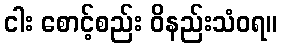
ငါး စောင့်စည်း ဝိနည်းသံဝရ။